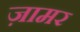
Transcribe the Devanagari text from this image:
ज़ामर